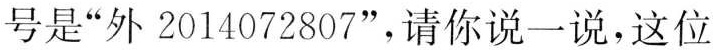
号是”外2014072807”，请你说一说，这位